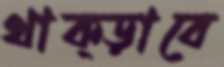
থাক্‌ড়াবে